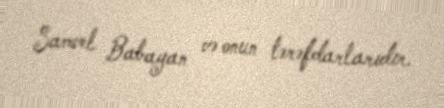
Samvel Babayan və onun tərəfdarlarıdır.